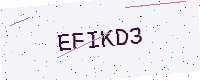
Text: EFIKD3